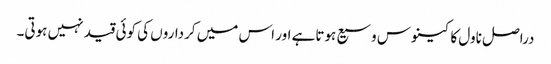
دراصل ناول کا کینوس وسیع ہوتاہے اور اس میں کرداروں کی کوئی قید نہیں ہوتی۔